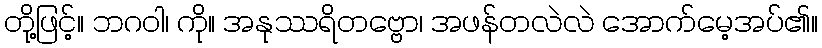
တို့ဖြင့်။ ဘဂဝါ၊ ကို။ အနုဿရိတဗ္ဗော၊ အဖန်တလဲလဲ အောက်မေ့အပ်၏။